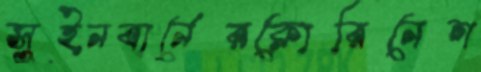
সুইনবার্নেরক্লোরিনেশ